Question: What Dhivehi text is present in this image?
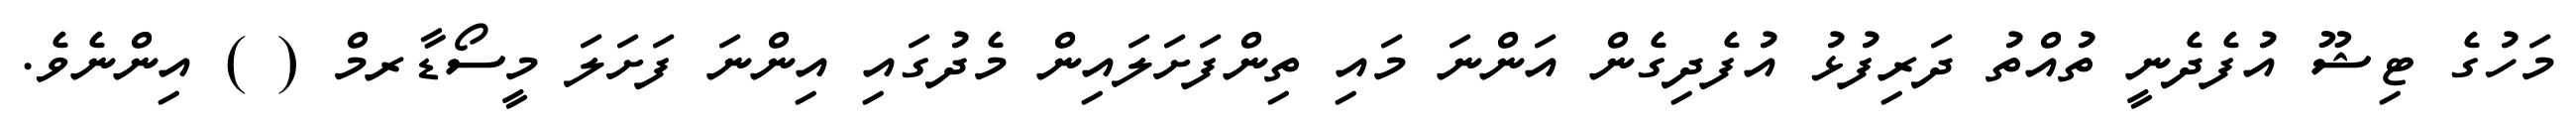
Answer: މަހުގެ ޓިޝޫ އުފެދެނީ ތުއްތު ދަރިފުޅު އުފެދިގެން އަންނަ މައި ތިންފަށަލައިން މެދުގައި އިންނަ ފަށަލަ މީސޯޑާރމް ( ) އިންނެވެ.